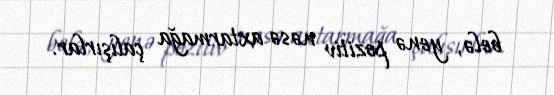
belə, yenə pozitiv nəsə axtarmağa çalışırlar.